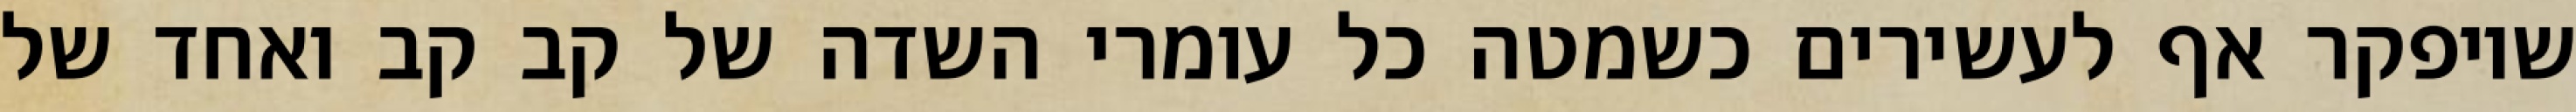
שיופקר אף לעשירים כשמטה כל עומרי השדה של קב קב ואחד של